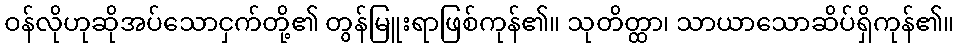
ဝန်လိုဟုဆိုအပ်သောငှက်တို့၏ တွန်မြူးရာဖြစ်ကုန်၏။ သုတိတ္ထာ၊ သာယာသောဆိပ်ရှိကုန်၏။